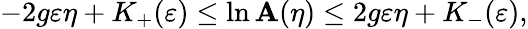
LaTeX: -2g\varepsilon\eta+K_{+}(\varepsilon)\le\ln\mathbf{A}(\eta)\le2g\varepsilon\eta+K_{-}(\varepsilon),